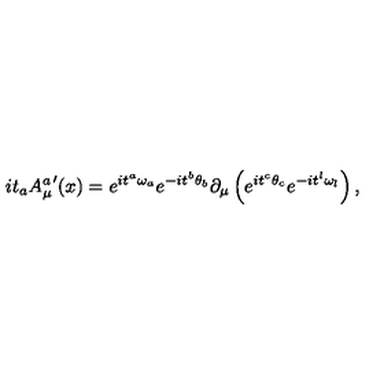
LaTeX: i { t } _ { a } { A _ { \mu } ^ { a } } ^ { \prime } ( x ) = e ^ { i { t } ^ { a } { \omega } _ { a } } e ^ { - i { t } ^ { b } { \theta } _ { b } } \partial _ { \mu } \left( e ^ { i { t } ^ { c } { \theta } _ { c } } e ^ { - i { t } ^ { l } { \omega } _ { l } } \right) ,